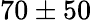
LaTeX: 70\pm 50